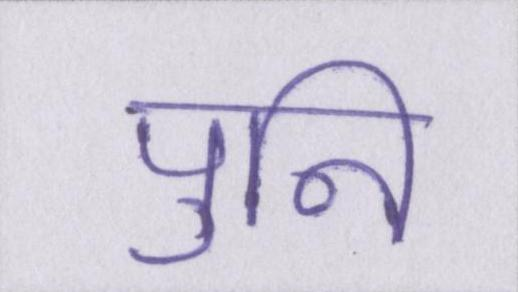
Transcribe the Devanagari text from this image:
पुनि